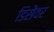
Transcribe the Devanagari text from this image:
डिसेंवर